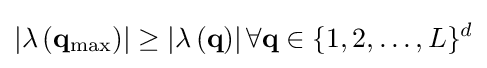
\left|\lambda \left(\mathbf {q} _{\mathrm {max} }\right)\right|\geq \left|\lambda \left(\mathbf {q} \right)\right|\forall \mathbf {q} \in \{1,2,\ldots ,L\}^{d}